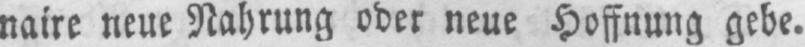
naire neue Nahrung oder neue Hoffnung gebe.